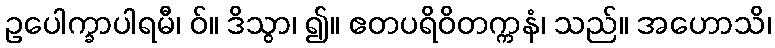
ဥပေါက္ခာပါရမီ၊ ဝ်။ ဒိသွာ၊ ၍။ ဧတပရိဝိတက္ကနံ၊ သည်။ အဟောသိ၊